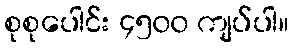
စုစုပေါင်း ၄၅၀၀ ကျပ်ပါ။